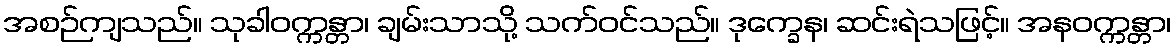
အစဉ်ကျသည်။ သုခါဝက္ကန္တာ၊ ချမ်းသာသို့ သက်ဝင်သည်။ ဒုက္ခေန၊ ဆင်းရဲသဖြင့်။ အနဝက္ကန္တာ၊